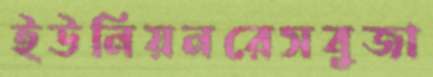
ইউনিয়নরেসবুজা